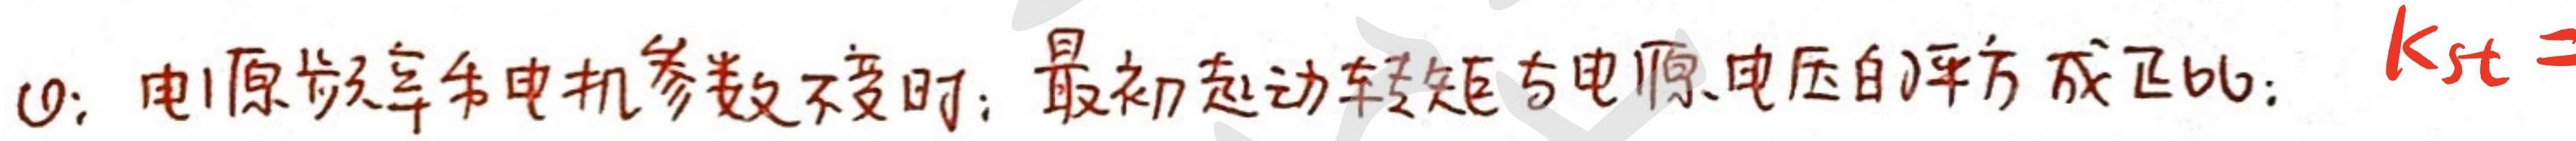
(1)：电源频率和电机参数不变时：最初起动转矩与电源电压的平方成正比：$K_{st}=$